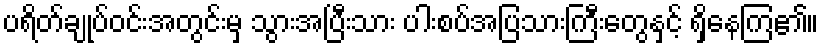
ပရိတ်ချုပ်ဝင်းအတွင်းမှ သွားအပြီးသား ပါးစပ်အပြသားကြီးတွေနှင့် ရှိနေကြ၏။